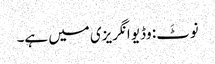
نوٹَ: وڈیو انگریزی میں ہے۔